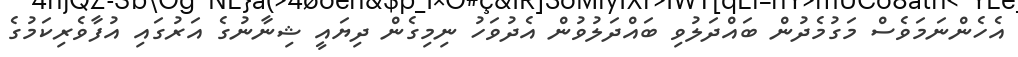
އެހެންނަމަވެސް މަގުމެދުން ބައްދަލުވި ބައްދަލުވުން އެދުވަހު ނިމިގެން ދިޔައީ ޝިނާނުގެ އަރުގައި އުފާވެރިކަމުގެ